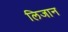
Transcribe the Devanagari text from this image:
लिजान